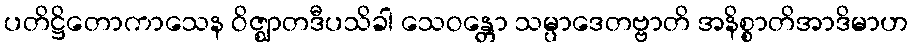
ပတိဋ္ဌိတောကာသေန ဝိဇ္ဈာတဒီပသိခါ သေဝန္တော သမ္ပာဒေတဗ္ဗာတိ အနိစ္စာတိအာဒိမာဟ